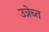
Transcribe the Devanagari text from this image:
उत्रेच्त